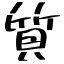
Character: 質